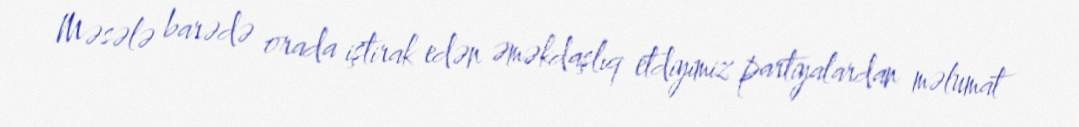
Məsələ barədə orada iştirak edən əməkdaşlıq etdiyimiz partiyalardan məlumat